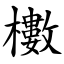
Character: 櫢